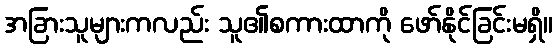
အခြားသူများကလည်း သူ၏စကားထာကို ဖော်နိုင်ခြင်းမရှိ။